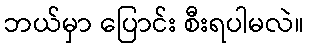
ဘယ်မှာ ပြောင်း စီးရပါမလဲ။